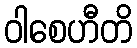
ဝါစေဟီတိ